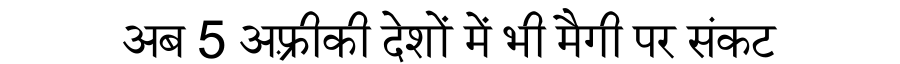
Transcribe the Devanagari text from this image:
अब 5 अफ़्रीकी देशों में भी मैगी पर संकट